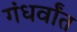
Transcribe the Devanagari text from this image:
गंधर्वांत